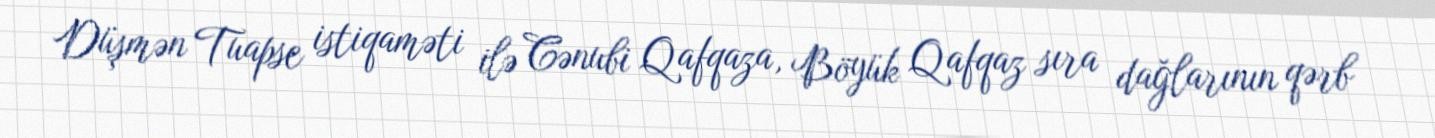
Düşmən Tuapse istiqaməti ilə Cənubi Qafqaza, Böyük Qafqaz sıra dağlarının qərb